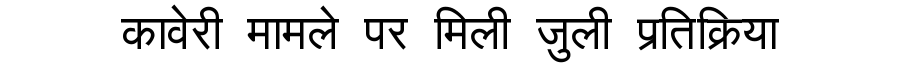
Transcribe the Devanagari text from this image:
कावेरी मामले पर मिली जुली प्रतिक्रिया